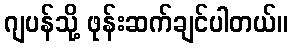
ဂျပန်သို့ ဖုန်းဆက်ချင်ပါတယ်။